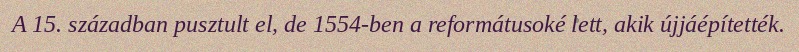
A 15. században pusztult el, de 1554-ben a reformátusoké lett, akik újjáépítették.